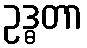
ဥဒ္ဓတာ